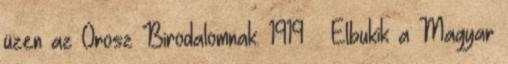
üzen az Orosz Birodalomnak. 1919 – Elbukik a Magyar